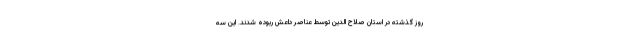
روز گذشته در استان صلاح الدین توسط عناصر داعش ربوده شدند. این سه